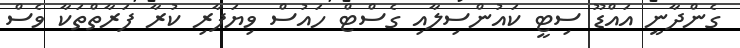
ގެންދާނީ އައްޑޫ ސިޓީ ކައުންސިލާއި ގެސްޓް ހައުސް ވިޔަފާރި ކުރާ ފަރާތްތަކާ ވެސް